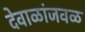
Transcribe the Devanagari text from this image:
देवाळांजवळ